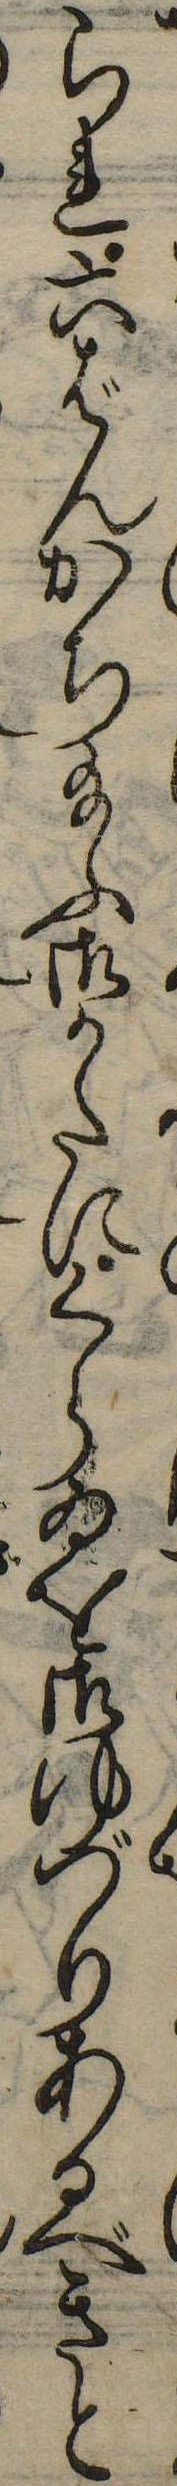
られ六ばんかち給ふ御たかにくらゐを御ゆづりあるべきと